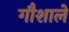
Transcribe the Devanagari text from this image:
गौशाले